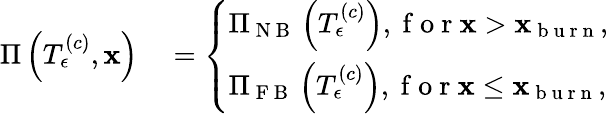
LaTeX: \begin{array}{rl}{\Pi\left(T_{\epsilon}^{\left(c\right)},\mathbf{x}\right)}&{{}=\left\{ \begin{array}{ll}{\Pi_{\mathrm{~N~B~}}\left(T_{\epsilon}^{\left(c\right)}\right),\mathrm{~f~o~r~}\mathbf{x}>\mathbf{x}_{\mathrm{~b~u~r~n~}},}\\ {\Pi_{\mathrm{~F~B~}}\left(T_{\epsilon}^{\left(c\right)}\right),\mathrm{~f~o~r~}\mathbf{x}\le\mathbf{x}_{\mathrm{~b~u~r~n~}},}\end{array}\right.}\end{array}